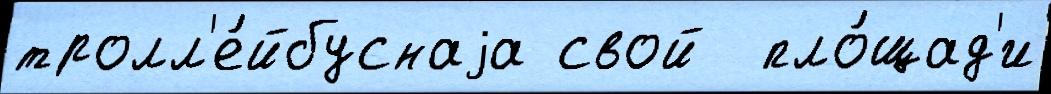
тролл'е́йбуснаjа свой  пло́щад'и